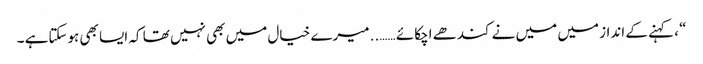
“ ، کہنے کے انداز میں میں نے کندھے اچکائے …….. میرے خیال میں بھی نہیں تھا کہ ایسا بھی ہوسکتاہے ۔